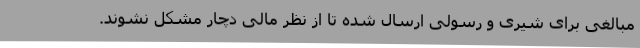
مبالغی برای شیری و رسولی ارسال شده تا از نظر مالی دچار مشکل نشوند.